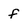
Character: f